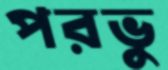
পরভু